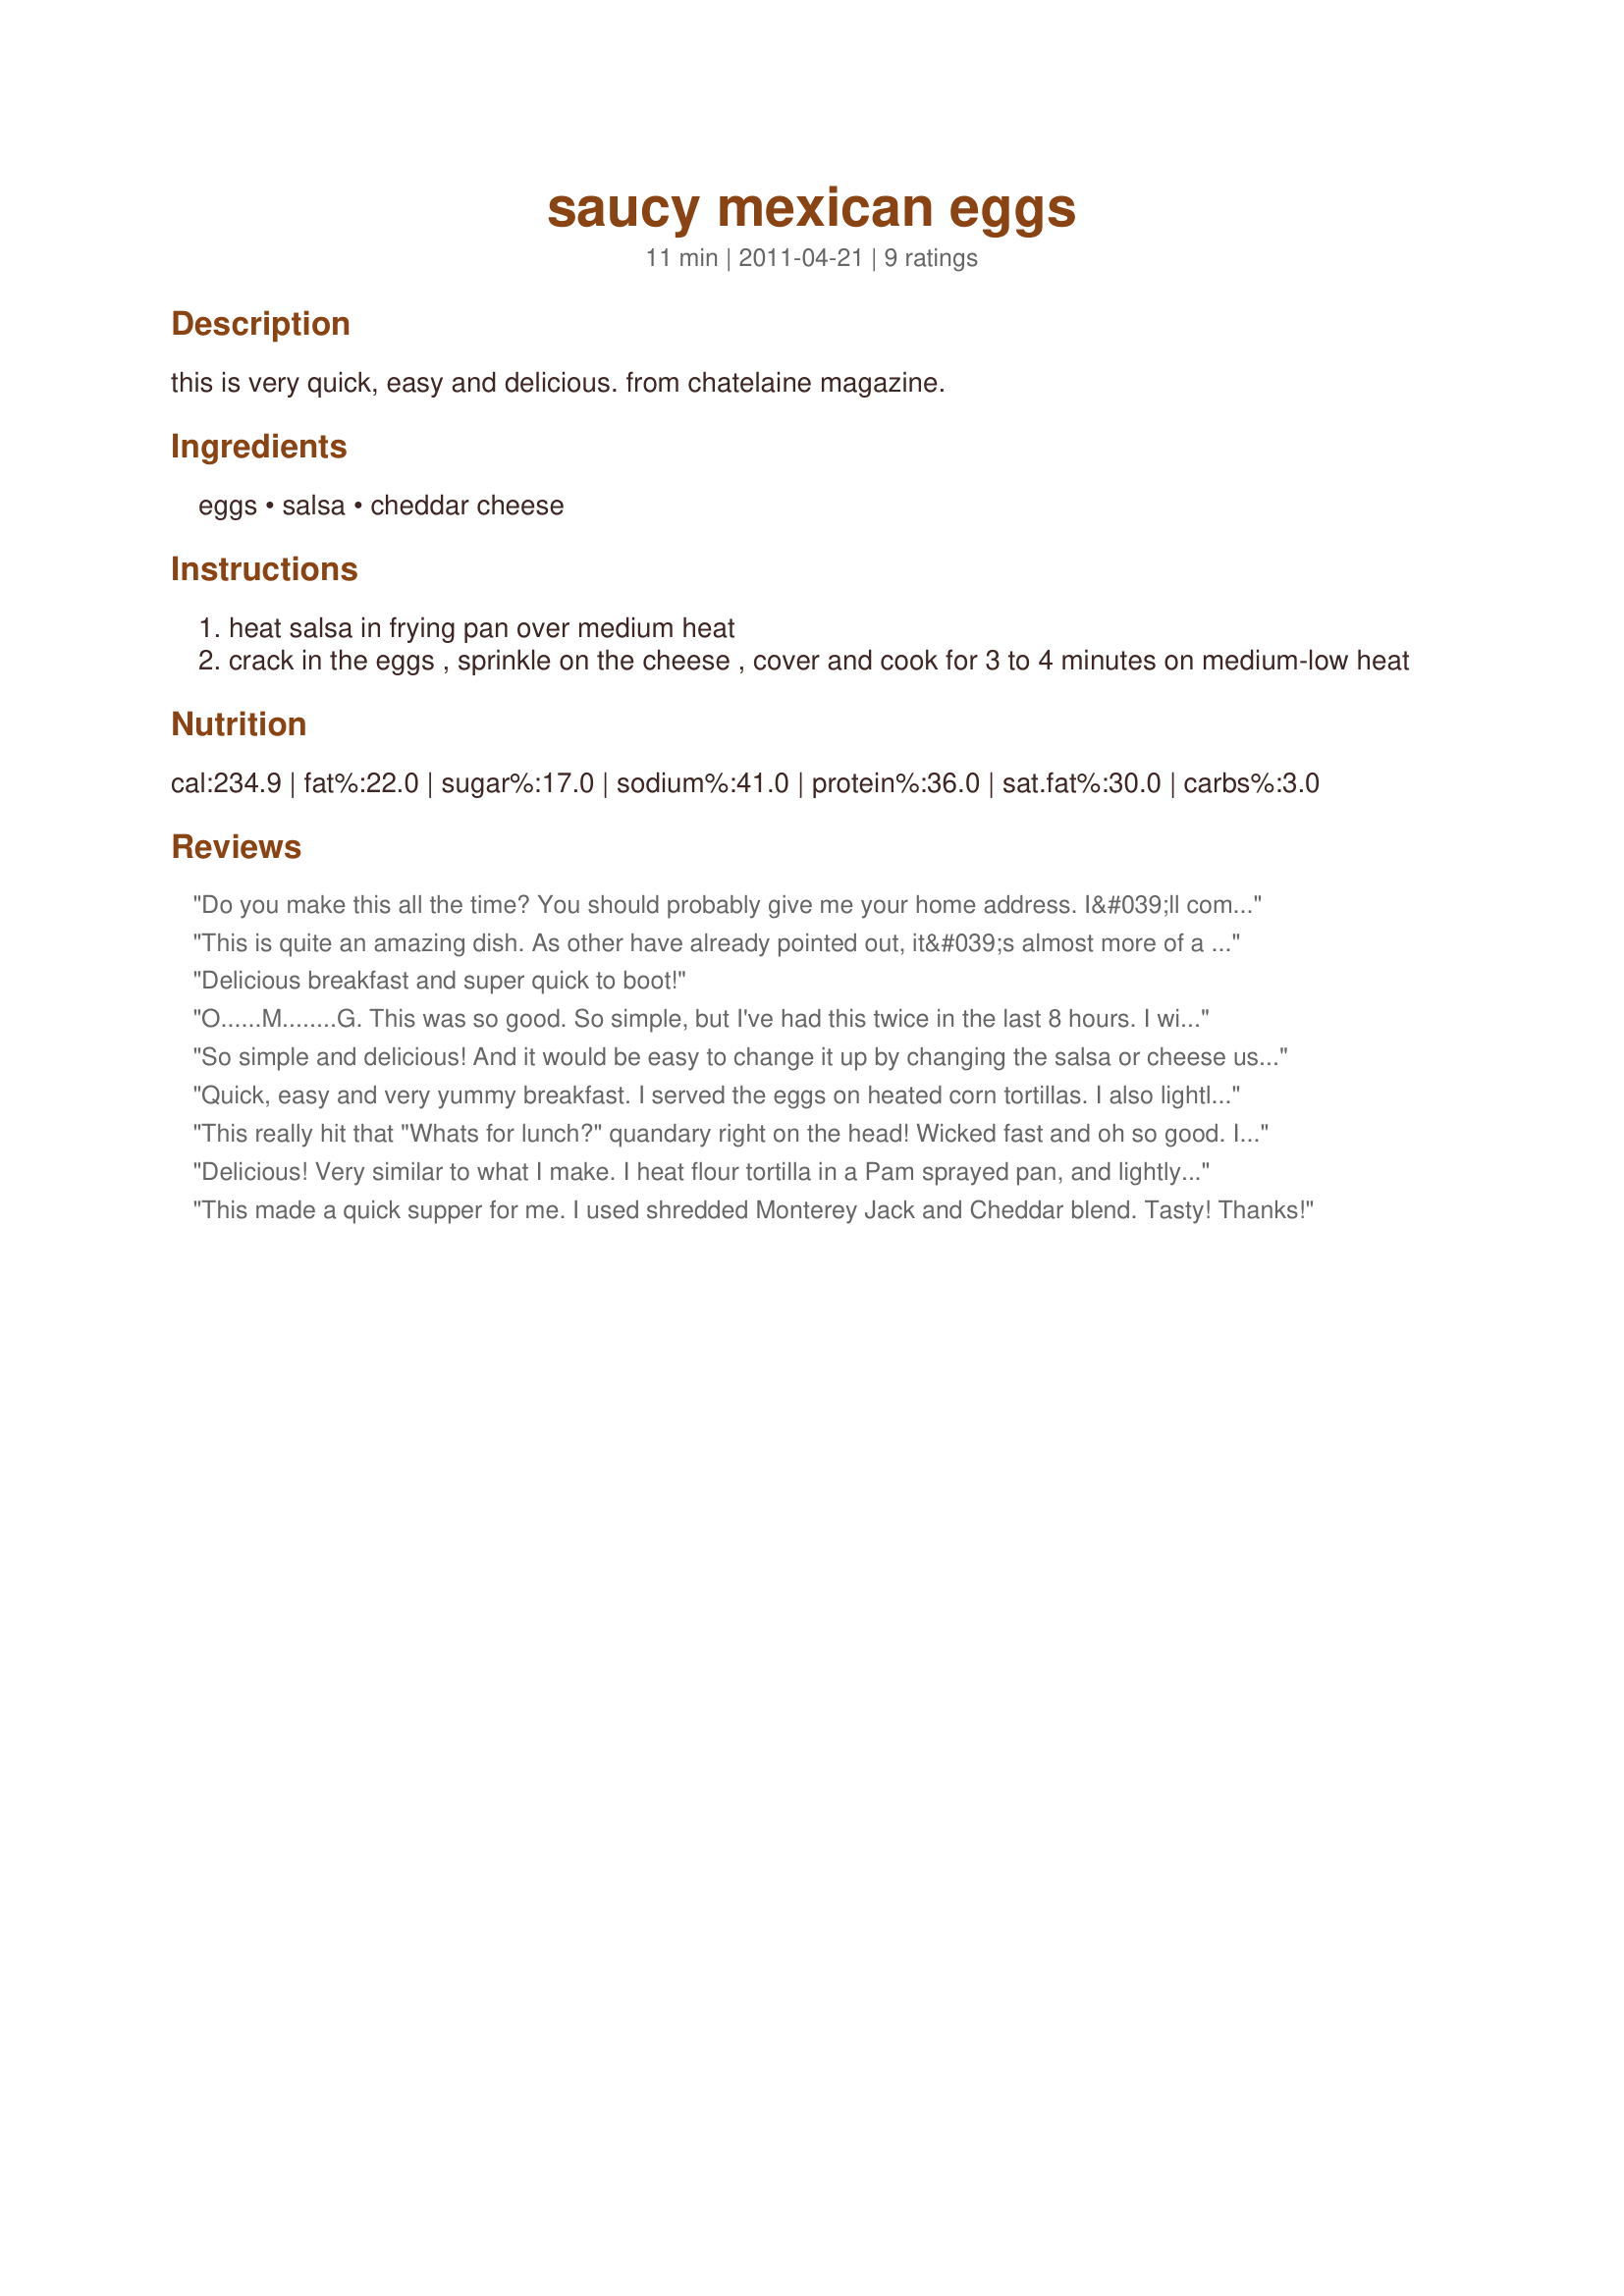
saucy mexican eggs
Preparation time: 11 minutes

this is very quick, easy and delicious. from chatelaine magazine.

Ingredients:
eggs, salsa, cheddar cheese

Steps:
heat salsa in frying pan over medium heat
crack in the eggs , sprinkle on the cheese , cover and cook for 3 to 4 minutes on medium-low heat

Reviews:
Do you make this all the time? You should probably give me your home address. I&#039;ll come for breakfast.
This is quite an amazing dish. As other have already pointed out, it&#039;s almost more of a concept than a recipe. You can use nearly any kind of salsa and any kind of cheese and still end up with something delicious.&lt;br/&gt;&lt;br/&gt;Both the salsa and cheese can be added &quot;to taste&quot; without much affect to the end result. However, the indicated ratios (1/4 cup salsa per egg) are excellent.
Delicious breakfast and super quick to boot!
O......M........G. This was so good. So simple, but I've had this twice in the last 8 hours. I will eat this everyday!! Haha! Thanks Dreamer!
So simple and delicious! And it would be easy to change it up by changing the salsa or cheese used. I used cheddar cheese. I served over corn tortillas. Thanks for sharing! Veggie Swap 57
Quick, easy and very yummy breakfast. I served the eggs on heated corn tortillas. I also lightly salted the eggs and added just a bit more cheese.
This really hit that "Whats for lunch?" quandary right on the head! Wicked fast and oh so good. I used a wrapped slice cheese and it cooked right into the salsa which might not be beautiful but it sure tasted great. For 235 calories this is a win-win dish for sure.
Delicious! Very similar to what I make. I heat flour tortilla in a Pam sprayed pan, and lightly brown on each side. Cover the tortilla with salsa, leaving the center open. Place egg in the center and salt-pepper to taste. Sprinkle on cheese and place under broiler for 3 minutes or so until white is set and yolk is still creamy.
This made a quick supper for me. I used shredded Monterey Jack and Cheddar blend. Tasty! Thanks!
